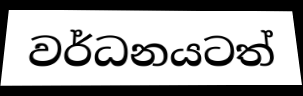
වර්ධනයටත්